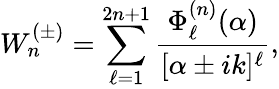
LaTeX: W_{n}^{(\pm)}=\sum_{\ell=1}^{2n+1}\frac{\Phi_{\ell}^{(n)}(\alpha)}{[\alpha\pm ik]^{\ell}},